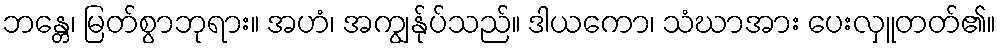
ဘန္တေ၊ မြတ်စွာဘုရား။ အဟံ၊ အကျွန်ုပ်သည်။ ဒါယကော၊ သံဃာအား ပေးလှူတတ်၏။